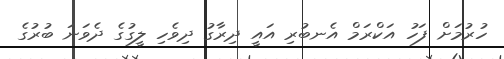
ހުރުމަށް ފަހު އަކްރަމް އެނބުރި އައީ ދިރާގު ދިވެހި ލީގުގެ ދެވަނަ ބުރުގެ